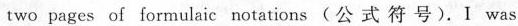
two pages of formulaic notations(公 式 符 号).Ⅰ was